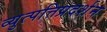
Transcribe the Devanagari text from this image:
व्युत्पत्तिप्रदर्शन